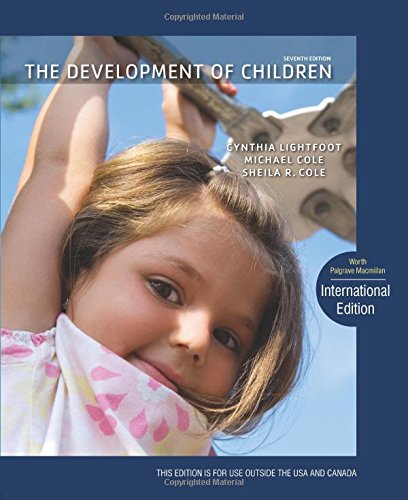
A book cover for The Development of Children; Cynthia Lightfoot; Medical Books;